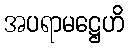
အပရာမဋ္ဌေဟိ